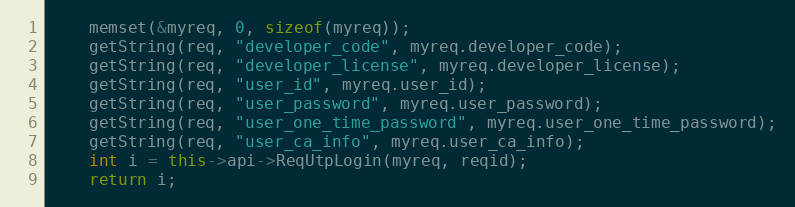
Language: C++
	memset(&myreq, 0, sizeof(myreq));
	getString(req, "developer_code", myreq.developer_code);
	getString(req, "developer_license", myreq.developer_license);
	getString(req, "user_id", myreq.user_id);
	getString(req, "user_password", myreq.user_password);
	getString(req, "user_one_time_password", myreq.user_one_time_password);
	getString(req, "user_ca_info", myreq.user_ca_info);
	int i = this->api->ReqUtpLogin(myreq, reqid);
	return i;